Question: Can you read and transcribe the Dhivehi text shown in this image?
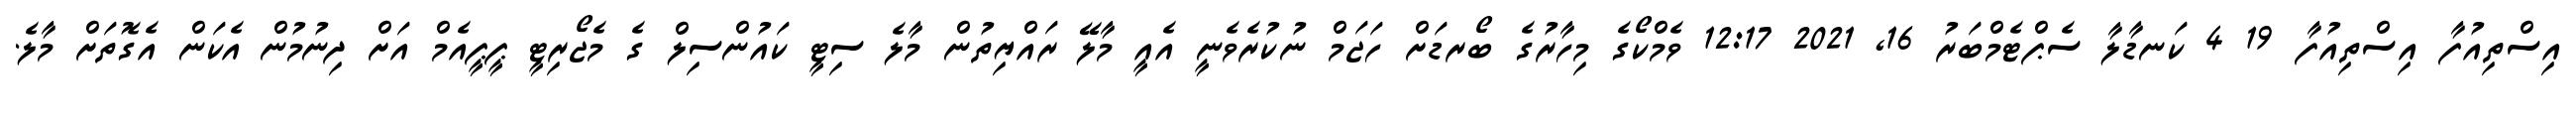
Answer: އިސްތިއުފާ އިސްތިއުފާ 19 4 ކަނޑާލާ ސެޕްޓެމްބަރު 16, 2021 12:17 ވެމްކޯގެ މިހާރުގެ ބޯރޑަށް ހަޖަމް ނުކުރެވެނީ އެއީ މާލޭ ރައްޔިތުން މާލެ ސިޓީ ކައުންސިލް ގެ މެޖޯރިޓީ ޕީޕީއެމް އަށް ދިނުމުން އެކަން އެގޮތަށް މާލެ.